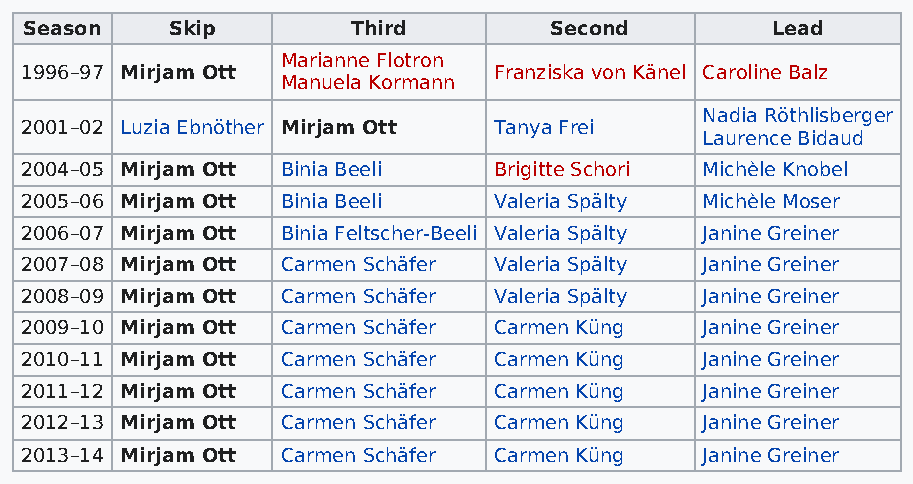
Season   Skip        Third        Second         Lead
 Marianne Flotron
 1996–97 Mirjam Ott              Franziska von Känel Caroline Balz
 Manuela Kormann
 Nadia Röthlisberger
 2001–02 Luzia Ebnöther Mirjam Ott Tanya Frei
 Laurence Bidaud
 2004–05 Mirjam Ott Binia Beeli  Brigitte Schori Michèle Knobel
 2005–06 Mirjam Ott Binia Beeli  Valeria Spälty Michèle Moser
 2006–07 Mirjam Ott Binia Feltscher-Beeli Valeria Spälty Janine Greiner
 2007–08 Mirjam Ott Carmen Schäfer Valeria Spälty Janine Greiner
 2008–09 Mirjam Ott Carmen Schäfer Valeria Spälty Janine Greiner
 2009–10 Mirjam Ott Carmen Schäfer Carmen Küng Janine Greiner
 2010–11 Mirjam Ott Carmen Schäfer Carmen Küng Janine Greiner
 2011–12 Mirjam Ott Carmen Schäfer Carmen Küng Janine Greiner
 2012–13 Mirjam Ott Carmen Schäfer Carmen Küng Janine Greiner
 2013–14 Mirjam Ott Carmen Schäfer Carmen Küng Janine Greiner